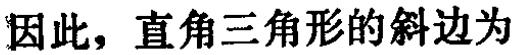
因此，直角三角形的斜边为